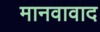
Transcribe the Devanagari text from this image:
मानवावाद